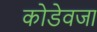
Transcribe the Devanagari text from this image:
कोडेवजा